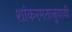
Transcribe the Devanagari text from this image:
शांकरमतानुयायी